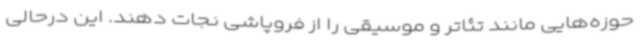
حوزه‌هایی مانند تئاتر و موسیقی را از فروپاشی نجات دهند. این درحالی